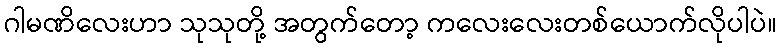
ဂါမဏိလေးဟာ သုသုတို့ အတွက်တော့ ကလေးလေးတစ်ယောက်လိုပါပဲ။